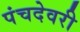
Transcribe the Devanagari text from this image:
पंचदेवरी